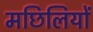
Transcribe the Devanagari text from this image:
मछिलियों